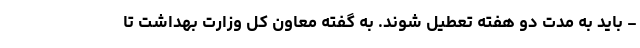
- باید به مدت دو هفته تعطیل شوند. به گفته معاون کل وزارت بهداشت تا